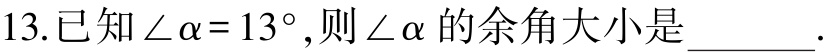
13.已知$\angle\alpha = 13^{\circ}$,则$\angle\alpha$的余角大小是______.